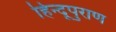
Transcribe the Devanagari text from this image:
हिन्दूपुराण